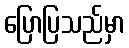
ပြောပြသည်မှာ